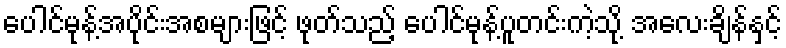
ပေါင်မုန့်အပိုင်းအစများဖြင့် ဖုတ်သည့် ပေါင်မုန့်ပူတင်းကဲ့သို့ အလေးချိန်နှင့်